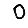
Digit: 0